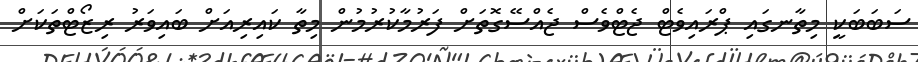
ސަބަބަކީ މިތާނގައި ޕްރައިވެޓް ޖެޓްވެސް ޖެއްސޭގޮތަށް ފަރުމާކުރުމުން މިތާ ކައިރިއަށް ބައިވަރު ރިޒޯޓްތަކަށް